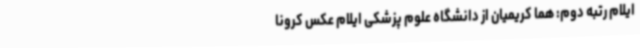
ایلام رتبه دوم: هما کریمیان از دانشگاه علوم پزشکی ایلام عکس کرونا